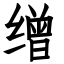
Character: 缯